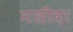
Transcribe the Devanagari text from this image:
मछीदा